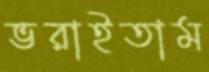
ভরাইতাম